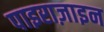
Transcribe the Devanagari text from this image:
पाइराज़ाइन